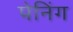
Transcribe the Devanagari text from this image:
पेनिंग